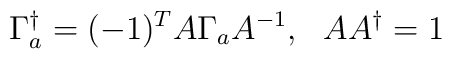
\Gamma_a^{\dagger}=(-1)^T A\Gamma_a A^{-1},~~AA^{\dagger} = 1